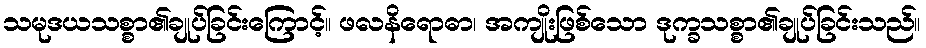
သမုဒယသစ္စာ၏ချုပ်ခြင်းကြောင့်။ ဖလနိရောဓာ၊ အကျိုးဖြစ်သော ဒုက္ခသစ္စာ၏ချုပ်ခြင်းသည်။